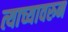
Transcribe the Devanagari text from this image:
त्याच्यावरुन